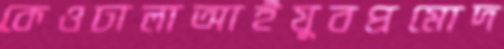
কেওঢালাআইযুবপ্রমোদ